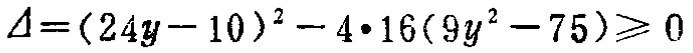
\(\Delta=(24y - 10)^2 - 4\cdot16(9y^2 - 75)\geqslant 0\)